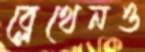
ব্লেথেনও